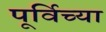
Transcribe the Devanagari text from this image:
पूर्विच्या